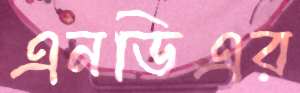
এনডিএর